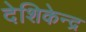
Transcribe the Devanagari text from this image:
देशिकेन्द्र